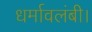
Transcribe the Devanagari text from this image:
धर्मावलंबी।